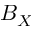
B _ { X }